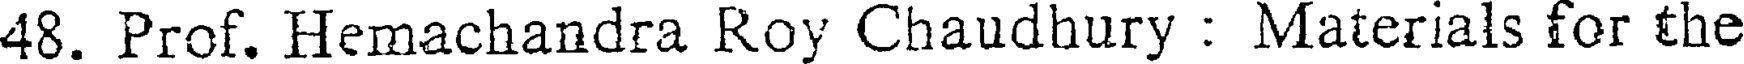
48. Prof. Hemachandra Roy Chaudhury : Materials for the